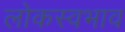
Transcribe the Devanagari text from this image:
लोकस्वभाव